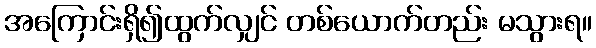
အကြောင်းရှိ၍ထွက်လျှင် တစ်ယောက်တည်း မသွားရ။